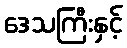
ဒေသကြီးနှင့်